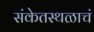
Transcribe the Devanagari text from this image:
संकेतस्थळाचं